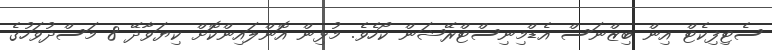
ސެޓިފިކެޓް އިން ބިޒްނަސް އެޑްމިނިސްޓްރޭޝަން ކޯހެވެ. މުޅިން އޮންލައިންކޮށް ކިޔަވާދޭ 8 މަސްދުވަހުގެ